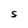
Character: S